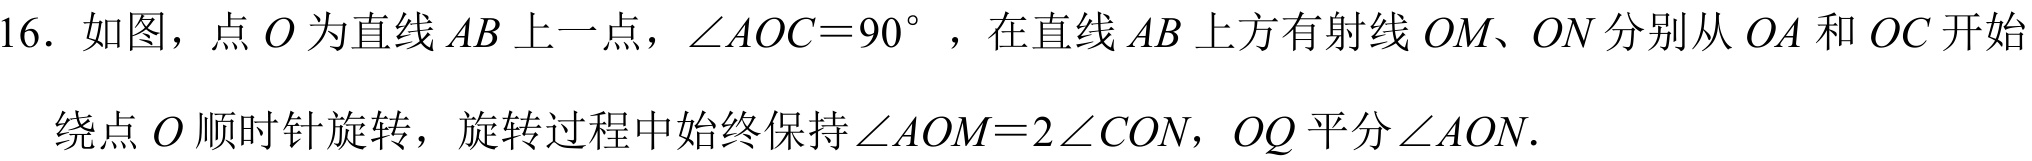
16. 如图，点\(O\)为直线\(AB\)上一点，\(\angle AOC = 90^{\circ}\)，在直线\(AB\)上方有射线\(OM\)、\(ON\)分别从\(OA\)和\(OC\)开始绕点\(O\)顺时针旋转，旋转过程中始终保持\(\angle AOM = 2\angle CON\)，\(OQ\)平分\(\angle AON\).